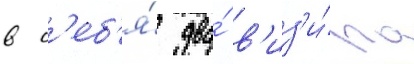
в с'еб'я́ два́ в'из'и́ра